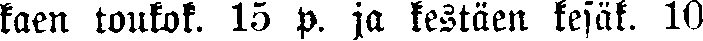
kaen toukok. 15 p. ja kestäen kesäk. 10